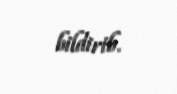
bildirib.